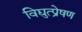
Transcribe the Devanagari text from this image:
विद्युत्प्रेषण